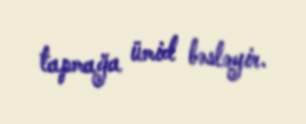
tapmağa ümid bəsləyir.